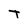
Character: T